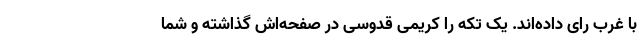
با غرب رای داده‌اند. یک تکه را کریمی قدوسی در صفحه‌اش گذاشته و شما